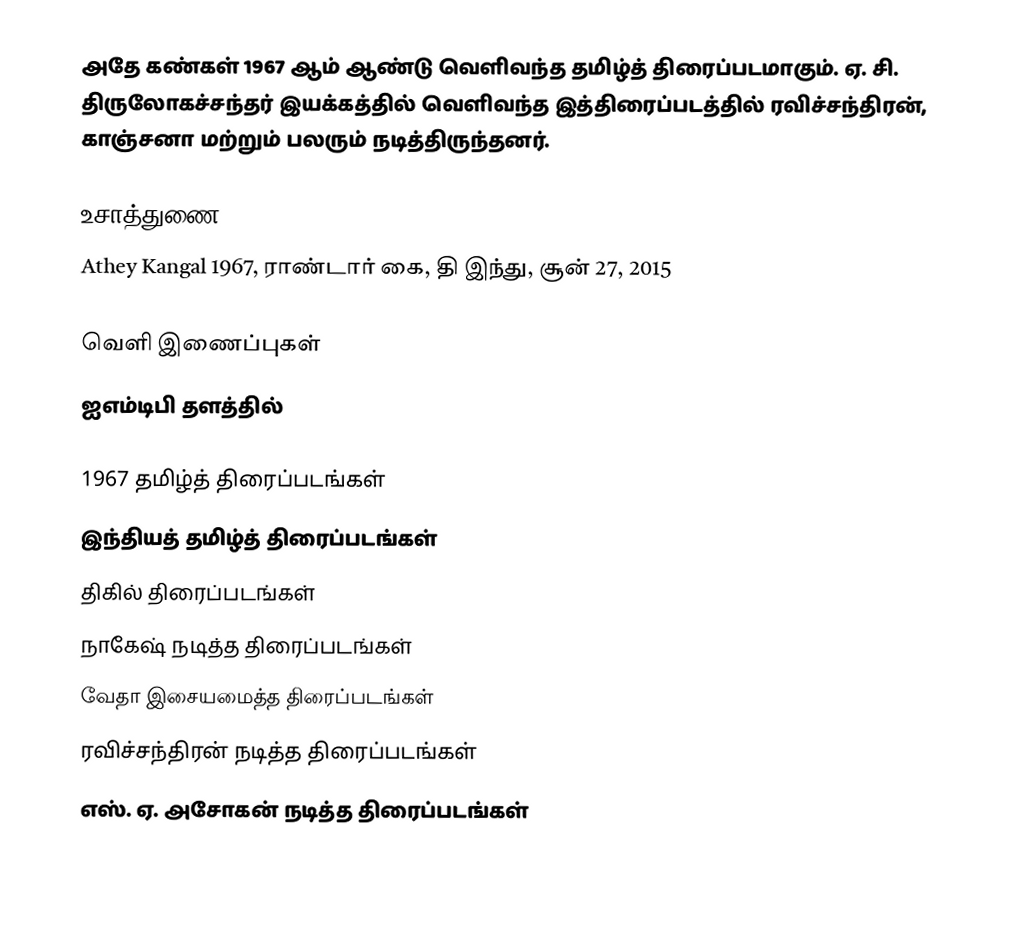
அதே கண்கள் 1967 ஆம் ஆண்டு வெளிவந்த தமிழ்த் திரைப்படமாகும். ஏ. சி. திருலோகச்சந்தர் இயக்கத்தில் வெளிவந்த இத்திரைப்படத்தில் ரவிச்சந்திரன், காஞ்சனா மற்றும் பலரும் நடித்திருந்தனர்.

உசாத்துணை
Athey Kangal 1967, ராண்டார் கை, தி இந்து, சூன் 27, 2015

வெளி இணைப்புகள்
 ஐஎம்டிபி தளத்தில்

1967 தமிழ்த் திரைப்படங்கள்
இந்தியத் தமிழ்த் திரைப்படங்கள்
திகில் திரைப்படங்கள்
நாகேஷ் நடித்த திரைப்படங்கள்
வேதா இசையமைத்த திரைப்படங்கள்
ரவிச்சந்திரன் நடித்த திரைப்படங்கள்
எஸ். ஏ. அசோகன் நடித்த திரைப்படங்கள்